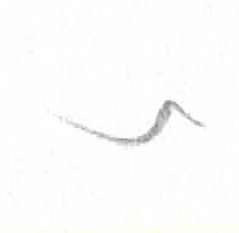
אות: ת